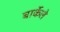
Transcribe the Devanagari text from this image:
बार्केले